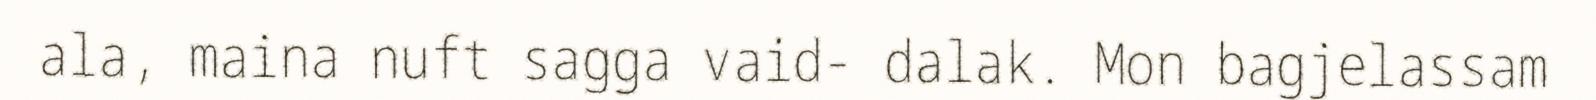
ala, maina nuft sagga vaid- dalak. Mon bagjelassam